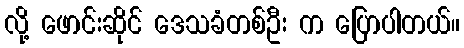
လို့ ဖောင်းဆိုင် ဒေသခံတစ်ဦး က ပြောပါတယ်။